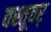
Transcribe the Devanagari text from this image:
वस्तूवर्